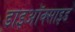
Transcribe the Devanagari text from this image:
डाइऑक्‍साइड